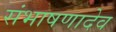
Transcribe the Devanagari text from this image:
संभाषणादेव